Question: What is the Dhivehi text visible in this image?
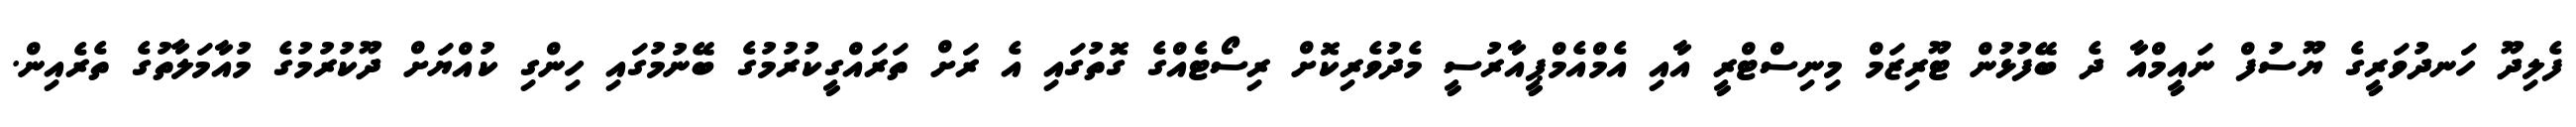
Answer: ފެލިދޫ ހަނދުވަރީގެ ޔޫސުފް ނައީމްއާ ދެ ބޭފުޅުން ޓޫރިޒަމް މިނިސްޓްރީ އާއި އެމްއެމްޕީއާރުސީ މެދުވެރިކޮށް ރިސޯޓެއްގެ ގޮތުގައި އެ ރަށް ތަރައްގީކުރުމުގެ ބޭނުމުގައި ހިންގި ކުއްޔަށް ދޫކުރުމުގެ މުއާމަލާތުގެ ތެރެއިން.